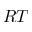
R T